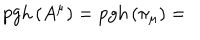
\mathrm { p g h } \left( A ^ { \mu } \right) = \mathrm { p g h } \left( \pi _ { \mu } \right) =